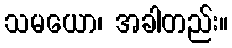
သမယော၊ အခါတည်း။